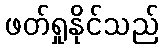
ဖတ်ရှုနိုင်သည်